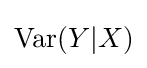
\operatorname {Var} (Y|X)